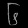
Digit: ၆